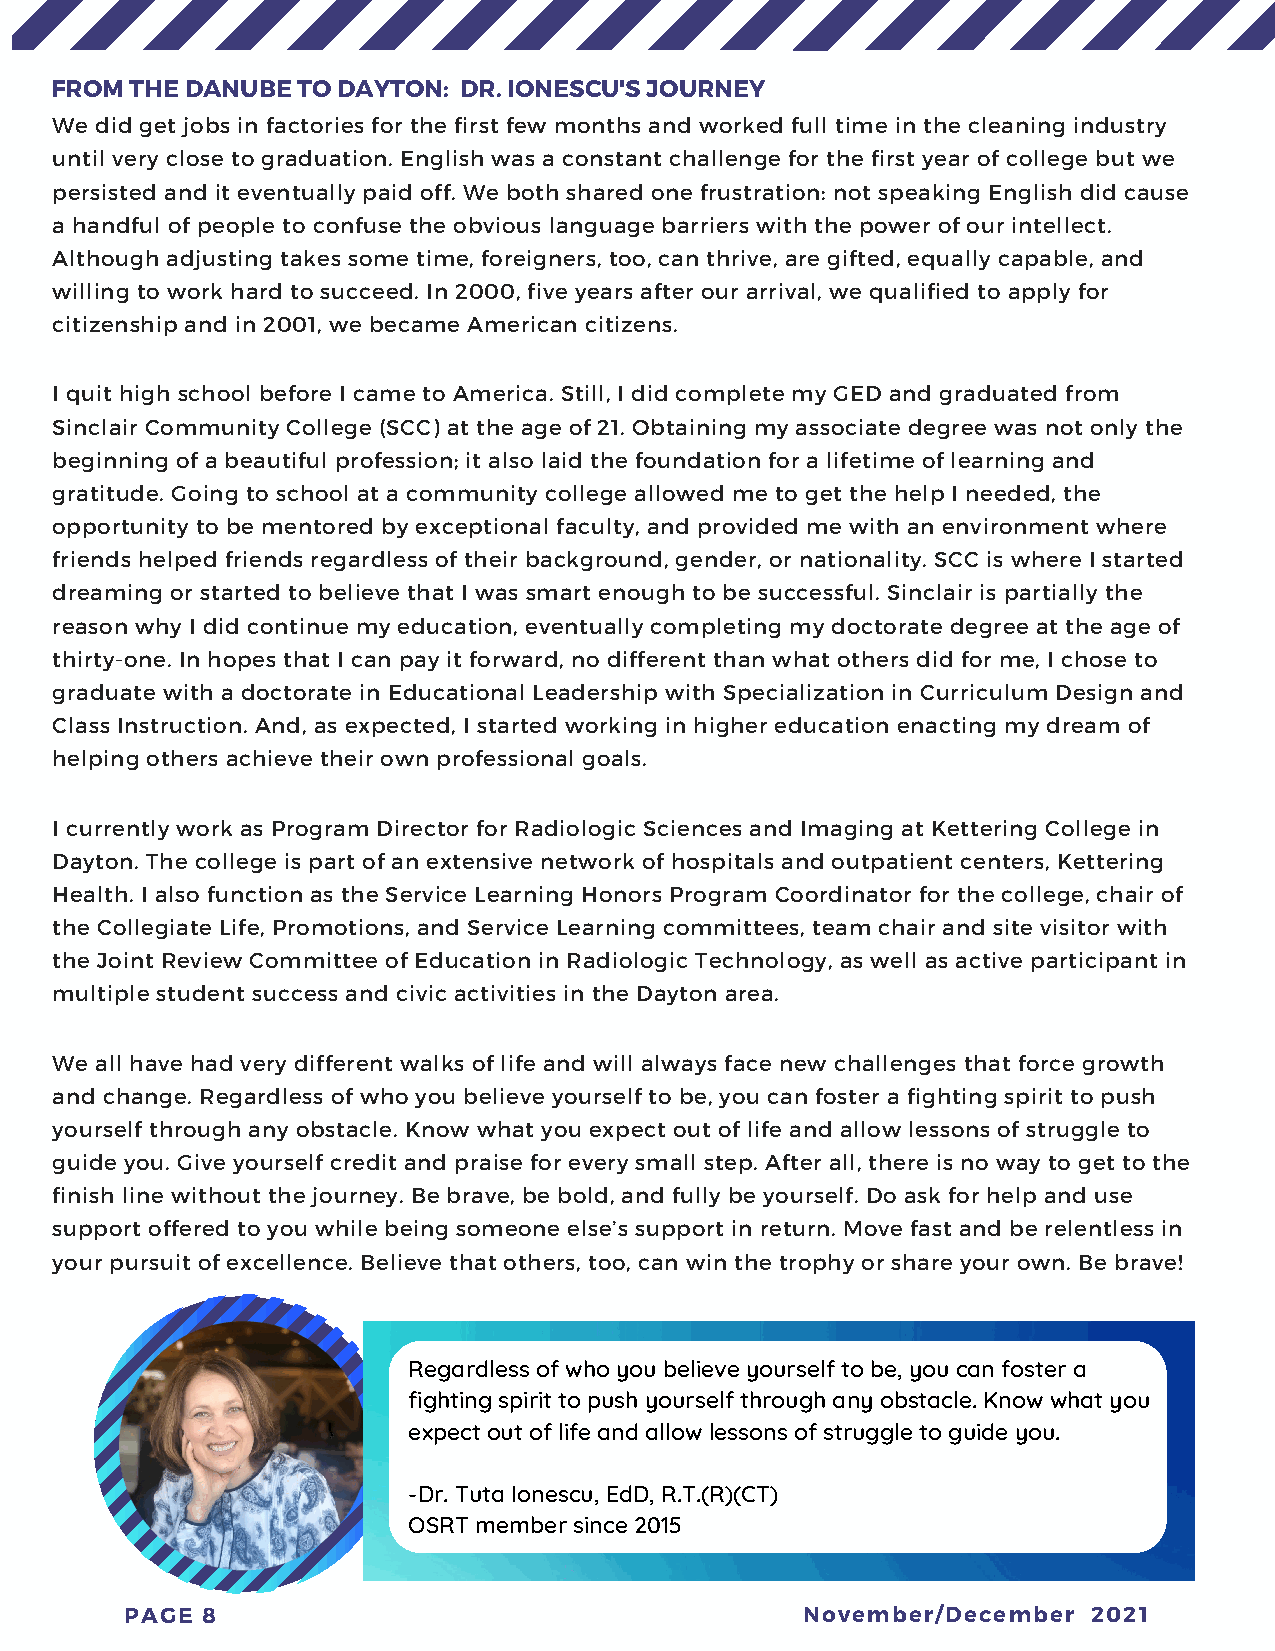
FROM  THE DANUBE TO DAYTON: DR. IONESCU'S JOURNEY
 We did get jobs in factories for the first few months and worked full time in the cleaning industry
 until very close to graduation. English was a constant challenge for the first year of college but we
 persisted and it eventually paid off. We both shared one frustration: not speaking English did cause
 a handful of people to confuse the obvious language barriers with the power of our intellect.
 Although adjusting takes some time, foreigners, too, can thrive, are gifted, equally capable, and
 willing to work hard to succeed. In 2000, five years after our arrival, we qualified to apply for
 citizenship and in 2001, we became American citizens.
 I quit high school before I came to America. Still, I did complete my GED and graduated from
 Sinclair Community College (SCC) at the age of 21. Obtaining my associate degree was not only the
 beginning of a beautiful profession; it also laid the foundation for a lifetime of learning and
 gratitude. Going to school at a community college allowed me to get the help I needed, the
 opportunity to be mentored by exceptional faculty, and provided me with an environment where
 friends helped friends regardless of their background, gender, or nationality. SCC is where I started
 dreaming or started to believe that I was smart enough to be successful. Sinclair is partially the
 reason why I did continue my education, eventually completing my doctorate degree at the age of
 thirty-one. In hopes that I can pay it forward, no different than what others did for me, I chose to
 graduate with a doctorate in Educational Leadership with Specialization in Curriculum Design and
 Class Instruction. And, as expected, I started working in higher education enacting my dream of
 helping others achieve their own professional goals.
 I currently work as Program Director for Radiologic Sciences and Imaging at Kettering College in
 Dayton. The college is part of an extensive network of hospitals and outpatient centers, Kettering
 Health. I also function as the Service Learning Honors Program Coordinator for the college, chair of
 the Collegiate Life, Promotions, and Service Learning committees, team chair and site visitor with
 the Joint Review Committee of Education in Radiologic Technology, as well as active participant in
 multiple student success and civic activities in the Dayton area.
 We all have had very different walks of life and will always face new challenges that force growth
 and change. Regardless of who you believe yourself to be, you can foster a fighting spirit to push
 yourself through any obstacle. Know what you expect out of life and allow lessons of struggle to
 guide you. Give yourself credit and praise for every small step. After all, there is no way to get to the
 finish line without the journey. Be brave, be bold, and fully be yourself. Do ask for help and use
 support offered to you while being someone else’s support in return. Move fast and be relentless in
 your pursuit of excellence. Believe that others, too, can win the trophy or share your own. Be brave!
 Regardless of who you believe yourself to be, you can foster a
 fighting spirit to push yourself through any obstacle. Know what you
 expect out of life and allow lessons of struggle to guide you.
 -Dr. Tuta Ionescu, EdD, R.T.(R)(CT)
 OSRT member since 2015
 PAGE 8                                       November/December  2021